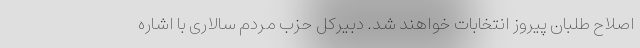
اصلاح طلبان پیروز انتخابات خواهند شد. دبیرکل حزب مردم سالاری با اشاره